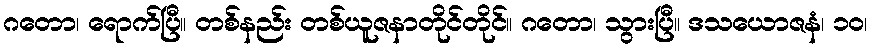
ဂတော၊ ရောက်ပြီ။ တစ်နည်း တစ်ယူဇနာတိုင်တိုင်။ ဂတော၊ သွားပြီ။ ဒသယောဇနံ၊ ၁၀၊